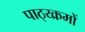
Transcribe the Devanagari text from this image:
पाठ्य्क्रमों